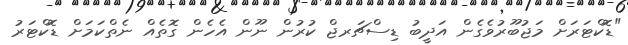
"ޑޮކްޓަރަށް މަޖުބޫރުވެގެން އަދީބު ޑިސްޗަރޖް ކުރުން ނޫން އެހެން ގޮތެއް ނެތްކަމަށް ޑޮކްޓަރު